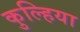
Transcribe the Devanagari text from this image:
कुल्हिया